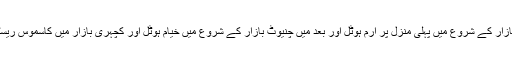
گھنٹہ گھر میں جھنگ بازار کے شروع میں پہلی منزل پر اِرم ہوٹل اور بعد میں چنیوٹ بازار کے شروع میں خیام ہوٹل اور کچہری بازار میں کاسموس ریسٹورنٹ میں بیٹھک رہی۔